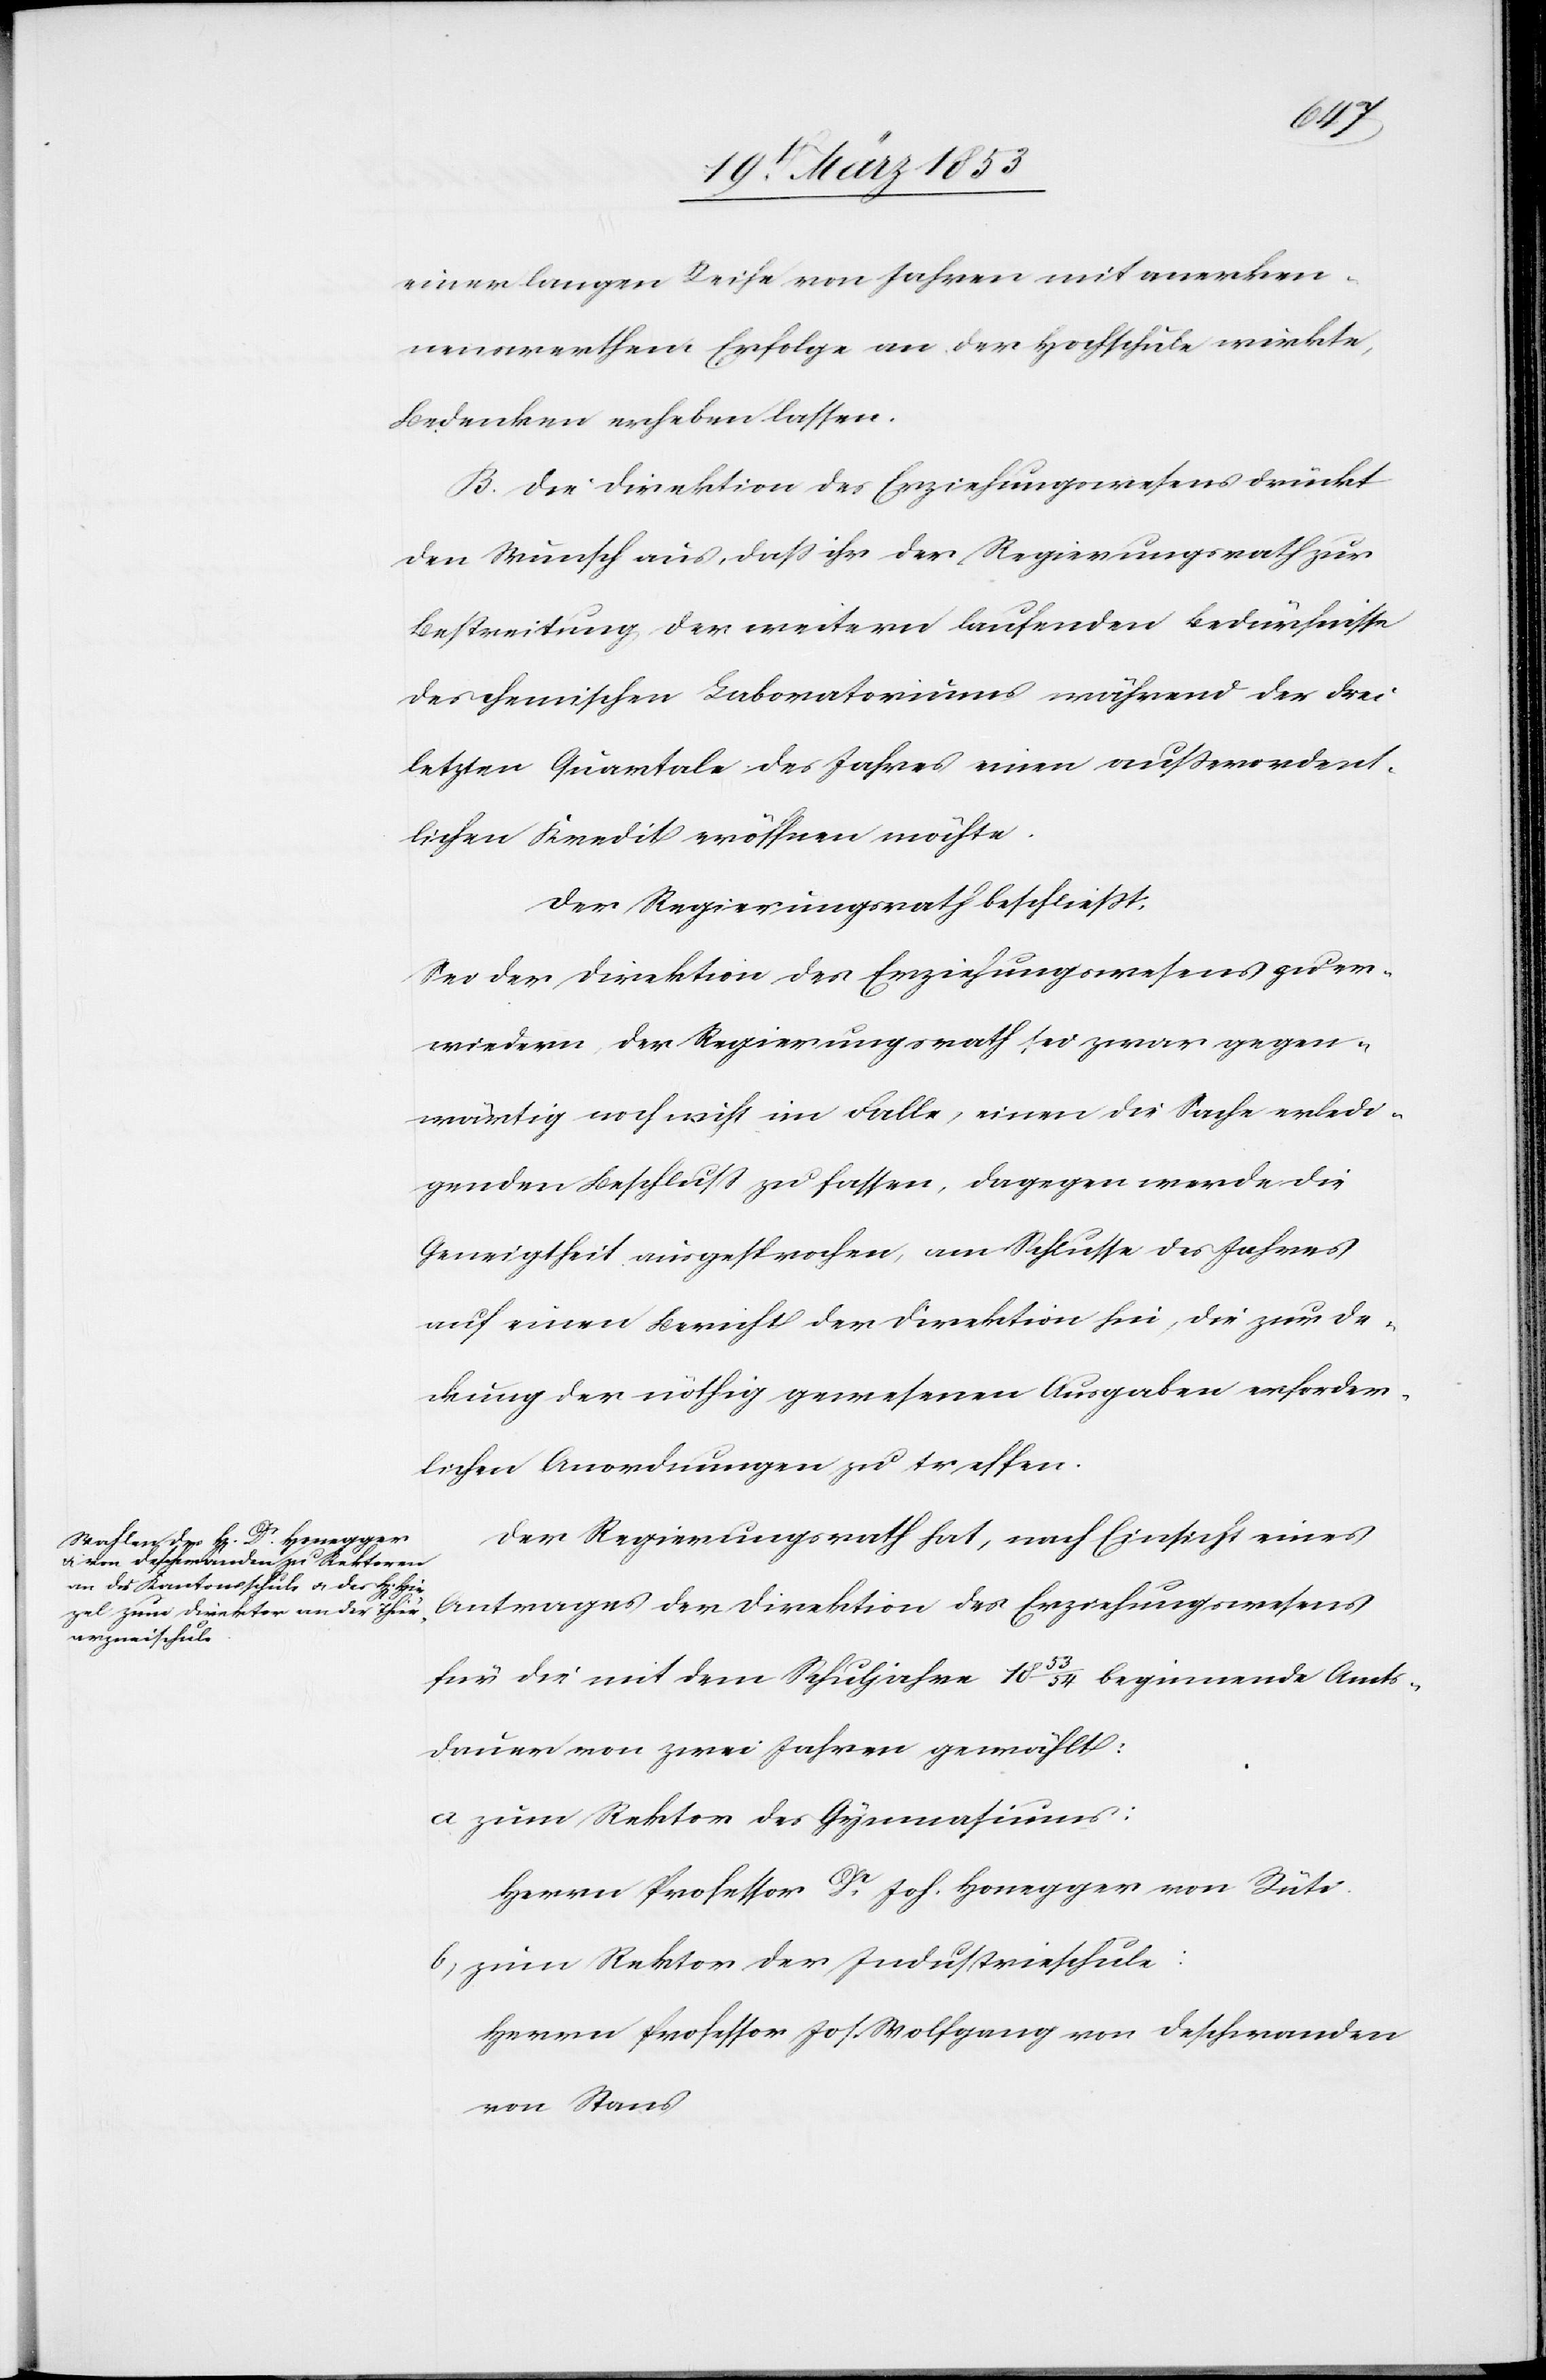
einer langen Reihe von Jahren mit anerken¬
nenswerthem Erfolge an der Hochschule wirkte,
Bedenken erheben lassen.
B. Die Direktion des Erziehungswesens drückt
den Wunsche aus, daß ihr der Regierungsrath zur
Bestreitung der weitern laufenden Bedürfnisse
des chemischen Laboratoriums während der drei
letzten Quartale des Jahres einen außerordent¬
lichen Kredit eröffnen möchte.
Der Regierungsrath beschließt.
Sei der Direktion des Erziehungswesens zu er¬
wiedern der Regierungsrath sei zwar gegen¬
wärtig noch nicht im Falle, einen die Sache erledi¬
genden Beschluß zu fassen, dagegen werde die
Geneigtheit ausgesprochen, am Schlusse des Jahres
auf einen Bericht der Direktion hin, die zur De¬
ckung der nöthig gewesenen Ausgaben erforder¬
lichen Anordnungen zu treffen.
Der Regierungsrath hat, nach Einsicht eines
Antrages der Direktion des Erziehungswesens
für die mit dem Schuljahre 1853/54 beginnende Amts¬
dauer von zwei Jahren gewählt:
a zum Rektor des Gymnasiums:
Herr Professor Dr. Joh. Honegger von Rüti.
b, zum Rektor der Industrieschule:
Herrn Professor Jos. Wolfgang von Deschranden
von Stans.